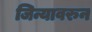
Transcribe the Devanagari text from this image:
जिन्यावरुन